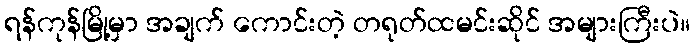
ရန်ကုန်မြို့မှာ အချက် ကောင်းတဲ့ တရုတ်ထမင်းဆိုင် အများကြီးပဲ။